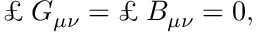
\pounds _ { \bf { \epsilon } } G _ { \mu \nu } = \pounds _ { \bf { \epsilon } } B _ { \mu \nu } = 0 ,